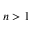
n > 1